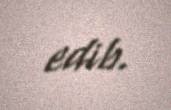
edib.